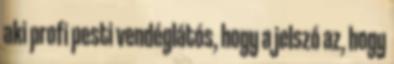
aki profi pesti vendéglátós, hogy a jelszó az, hogy